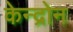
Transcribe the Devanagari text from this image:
केन्द्रोन